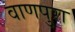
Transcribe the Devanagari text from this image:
वाणपुरा